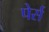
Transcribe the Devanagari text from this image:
पेर्स